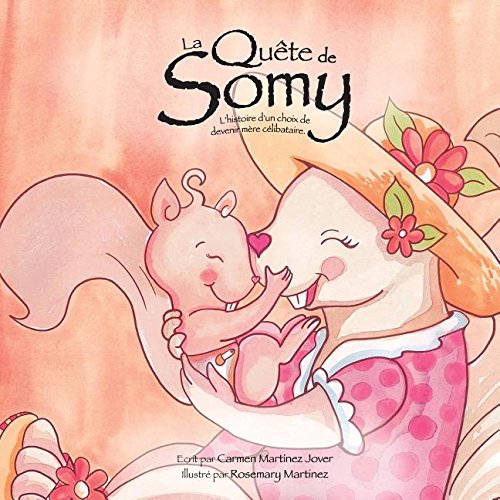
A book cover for La QuÃªte de Somy, l'histoire d'un choix de devenir mÃ¨re cÃ©libataire (French Edition); Carmen Martinez Jover; Parenting & Relationships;